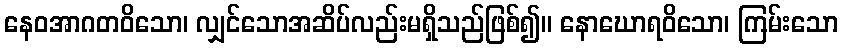
နေဝအာဂတဝိသော၊ လျှင်သောအဆိပ်လည်းမရှိသည်ဖြစ်၍။ နောဃောရဝိသော၊ ကြမ်းသော